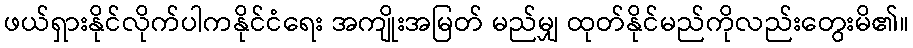
ဖယ်ရှားနိုင်လိုက်ပါကနိုင်ငံရေး အကျိုးအမြတ် မည်မျှ ထုတ်နိုင်မည်ကိုလည်းတွေးမိ၏။